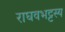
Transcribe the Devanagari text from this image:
राघवभट्टस्य